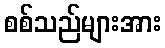
စစ်သည်များအား